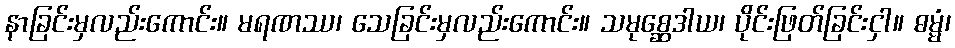
နာခြင်းမှလည်းကောင်း။ မရဏဿ၊ သေခြင်းမှလည်းကောင်း။ သမုစ္ဆေဒါယ၊ ပိုင်းဖြတ်ခြင်းငှါ။ ဓမ္မံ၊